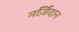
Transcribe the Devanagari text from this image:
मर्ज़िदान